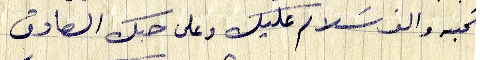
تحيه والف سلام عليك وعلى حبك الصادق